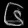
Digit: ၆